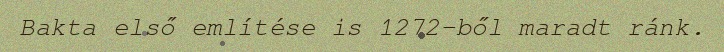
Bakta első említése is 1272-ből maradt ránk.